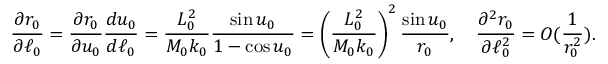
\frac { \partial r _ { 0 } } { \partial \ell _ { 0 } } = \frac { \partial r _ { 0 } } { \partial u _ { 0 } } \frac { d u _ { 0 } } { d \ell _ { 0 } } = \frac { L _ { 0 } ^ { 2 } } { M _ { 0 } k _ { 0 } } \frac { \sin u _ { 0 } } { 1 - \cos u _ { 0 } } = \left( \frac { L _ { 0 } ^ { 2 } } { M _ { 0 } k _ { 0 } } \right) ^ { 2 } \frac { \sin u _ { 0 } } { r _ { 0 } } , \quad \frac { \partial ^ { 2 } r _ { 0 } } { \partial \ell _ { 0 } ^ { 2 } } = O ( \frac { 1 } { r _ { 0 } ^ { 2 } } ) .